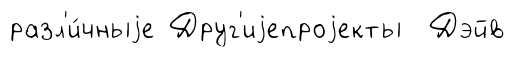
разл'и́чныjе Друг'иjепроjекты Дэйв